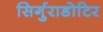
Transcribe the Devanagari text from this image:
सिर्गुराडोटिर